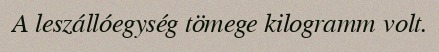
A leszállóegység tömege kilogramm volt.